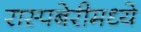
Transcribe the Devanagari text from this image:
रास्पबेरीमध्ये